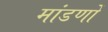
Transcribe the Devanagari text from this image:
मांडणों